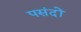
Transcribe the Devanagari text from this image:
पसंदों